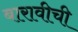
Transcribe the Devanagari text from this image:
बारावीची